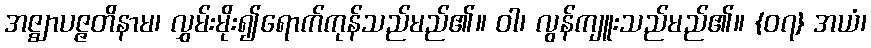
အဇ္ဈာပဇ္ဇတိနာမ၊ လွှမ်းမိုး၍ရောက်ကုန်သည်မည်၏။ ဝါ၊ လွန်ကျူးသည်မည်၏။ {၀၇} အယံ၊